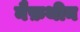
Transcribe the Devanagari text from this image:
नैफ़थीन